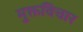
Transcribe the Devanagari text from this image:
मुक्तविचार